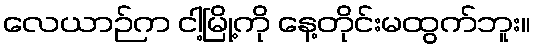
လေယာဉ်က ငါ့မြို့ကို နေ့တိုင်းမထွက်ဘူး။